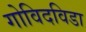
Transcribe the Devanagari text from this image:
गोविदविडा